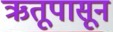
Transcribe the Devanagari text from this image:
ऋतूपासून